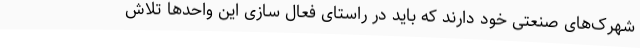
شهرک‌های صنعتی خود دارند که باید در راستای فعال سازی این واحدها تلاش